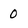
Character: 0